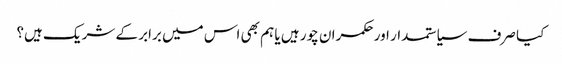
کیا صرف سیاستمدار اور حکمران چور ہیں یا ہم بھی اس میں برابر کے شریک ہیں؟